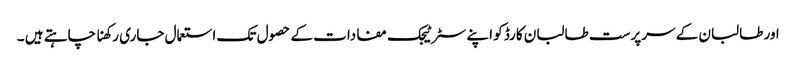
اور طالبان کے سرپرست طالبان کارڈ کو اپنے سٹرٹیجک مفادات کے حصول تک استعمال جاری رکھنا چاہتے ہیں ۔